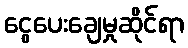
ငွေပေးချေမှုဆိုင်ရာ